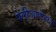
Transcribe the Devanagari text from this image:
पेलीआप्टेरॉन